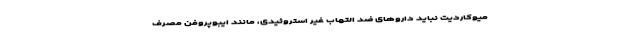
میوکاردیت نباید داروهای ضد التهاب غیر استروئیدی، مانند ایبوپروفن مصرف